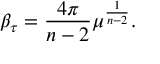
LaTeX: \beta _ { \tau } = \frac { 4 \pi } { n - 2 } { \mu } ^ { \frac { 1 } { n - 2 } } .